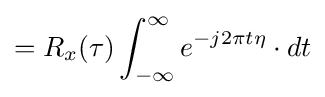
=R_{x}(\tau )\int _{-\infty }^{\infty }e^{-j2\pi t\eta }\cdot dt